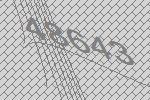
48643